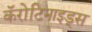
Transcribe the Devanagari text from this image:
कॅरोटिनाइड्स